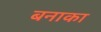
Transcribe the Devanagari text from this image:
बनाका